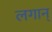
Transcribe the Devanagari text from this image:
लगान्‌